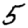
Digit: 5